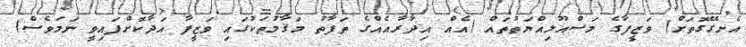
އެނގޭގޮތަށް) ވަޒީފާގެ މަސްއޫލިއްޔަތުތައް (އެއް އިދާރާއެއްގެ ތަފާތު މަޤާމުތަކުގައި ވަޒީފާ އަދާކޮށްފައިވީ ނަމަވެސް)